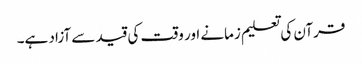
قرآن کی تعلیم زمانے اور وقت کی قید سے آزاد ہے۔